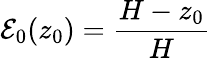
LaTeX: \mathcal{E}_{0}(z_{0})=\frac{H-z_{0}}{H}